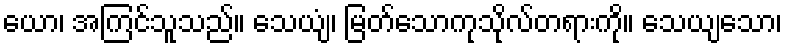
ယော၊ အကြင်သူသည်။ သေယျံ၊ မြတ်သောကုသိုလ်တရားကို။ သေယျသော၊